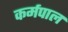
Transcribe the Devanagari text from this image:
कर्मपाल